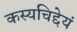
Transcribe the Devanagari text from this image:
कस्यचिद्देयं